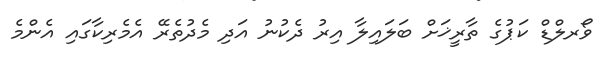
ވޯރލްޑް ކަޕުގެ ތާރީޚަށް ބަލައިލާ އިރު ދެކުނު އަދި މެދުތެރޭ އެމެރިކާގައި އެންމެ